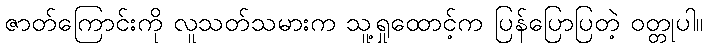
ဇာတ်ကြောင်းကို လူသတ်သမားက သူ့ရှုထောင့်က ပြန်ပြောပြတဲ့ ဝတ္တုပါ။